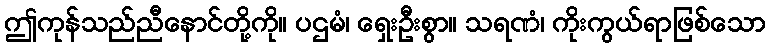
ဤကုန်သည်ညီနောင်တို့ကို။ ပဌမံ၊ ရှေးဦးစွာ။ သရဏံ၊ ကိုးကွယ်ရာဖြစ်သော